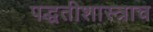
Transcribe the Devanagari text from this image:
पद्धतीशास्त्राच